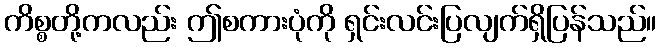
ကိစ္စတို့ကလည်း ဤစကားပုံကို ရှင်းလင်းပြလျက်ရှိပြန်သည်။